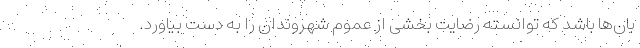
بان‌ها باشد که توانسته رضایت بخشی از عموم شهروندان را به دست بیاورد.